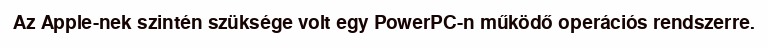
Az Apple-nek szintén szüksége volt egy PowerPC-n működő operációs rendszerre.